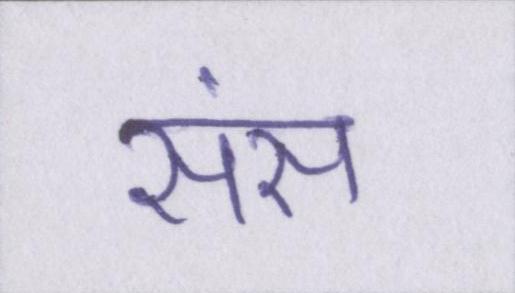
संस